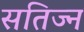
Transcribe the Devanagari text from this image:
सतिज्न